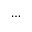
\dots